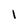
Character: l